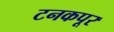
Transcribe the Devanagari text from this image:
टनकपूर